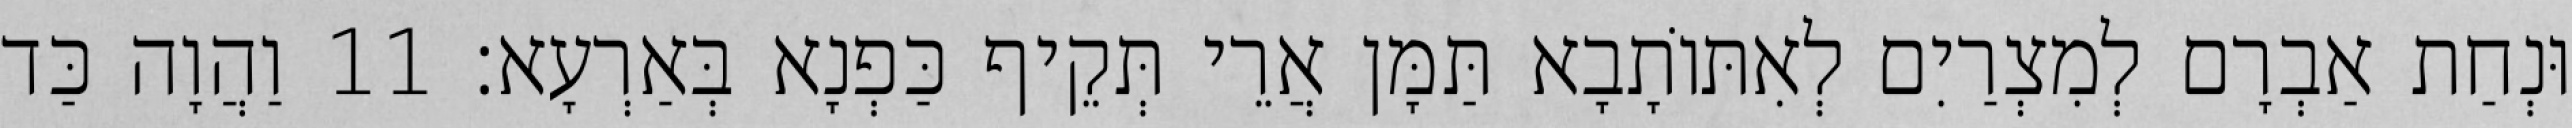
וּנְחַת אַבְרָם לְמִצְרַיִם לְאִתּוֹתָבָא תַּמָּן אֲרֵי תְּקֵיף כַּפְנָא בְּאַרְעָא׃ 11 וַהֲוָה כַּד